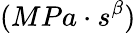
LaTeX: (MPa\cdot s^{\beta})